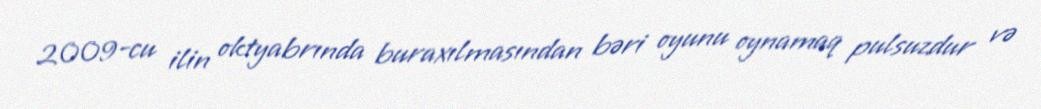
2009-cu ilin oktyabrında buraxılmasından bəri oyunu oynamaq pulsuzdur və